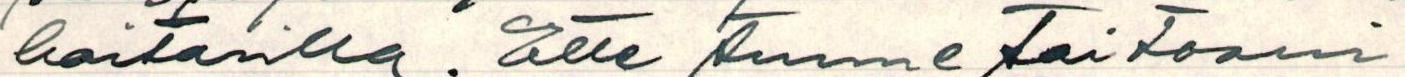
haitarilla. Ette tunne taitoani